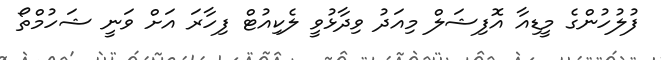
ފުލުހުންގެ މީޑިއާ އޮފިޝަލް މިއަދު ވިދާޅުވީ ލެކިއުޓް ފިހާރަ އަށް ވަނީ ޝަހުމްތޯ